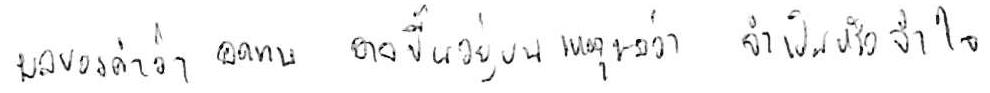
ผลของคำว่า อดทน อาจขึ้นอยู่บนเหตุผลว่า จำเป็น หรือ จำใจ